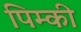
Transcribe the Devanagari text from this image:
पिम्की